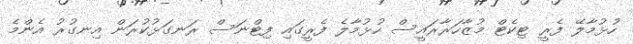
ހުޅުމާލޭ ފެރީ ޓިކެޓް މުޒާހަރާރައީސް ހުޅުމާލެ ފެރީގައި ފިޓްނަސް ރަނގަޅުކުރަން އިނގުރު އެންމެ